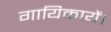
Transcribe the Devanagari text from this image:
गायिकायें।